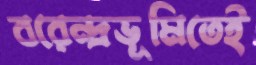
বরেন্দ্রভূমিতেই